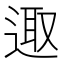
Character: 𨓭